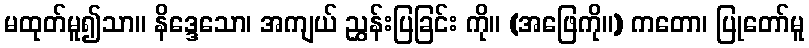
မထုတ်မူ၍သာ။ နိဒ္ဒေသော၊ အကျယ် ညွှန်းပြခြင်း ကို။ (အဖြေကို။) ကတော၊ ပြုတော်မူ